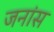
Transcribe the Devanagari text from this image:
जनांस